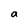
Character: a